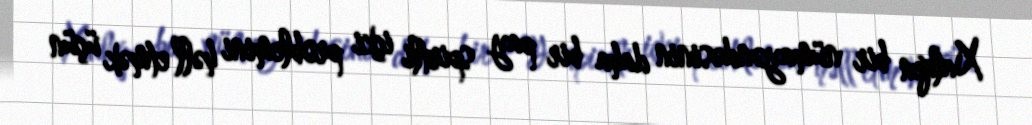
Xalqın bir nümayəndəsinin daha bir pay spirtli içki problemini həll etmək üçün